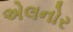
એલનોર